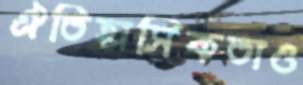
ঐতিহাসিকতাও